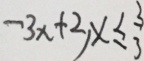
- 3 x + 2 , x \leq \frac { 3 } { 3 }